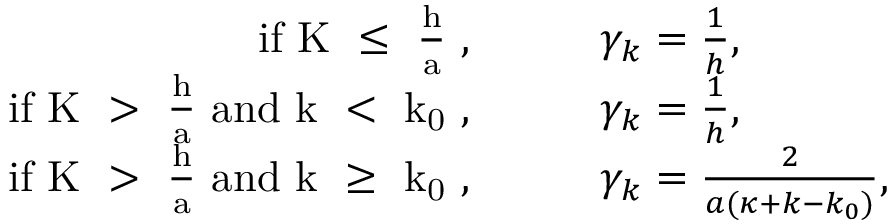
\begin{array} { r l } { \mathrm { i f ~ K ~ \leq ~ \frac { h } { a } ~ } , } & { \qquad \gamma _ { k } = \frac { 1 } { h } , } \\ { \mathrm { i f ~ K ~ > ~ \frac { h } { a } ~ a n d ~ k ~ < ~ k _ 0 ~ } , } & { \qquad \gamma _ { k } = \frac { 1 } { h } , } \\ { \mathrm { i f ~ K ~ > ~ \frac { h } { a } ~ a n d ~ k ~ \geq ~ k _ 0 ~ } , } & { \qquad \gamma _ { k } = \frac { 2 } { a ( \kappa + k - k _ { 0 } ) } , } \end{array}